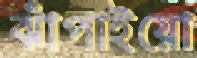
ঝাঁপাইয়ো